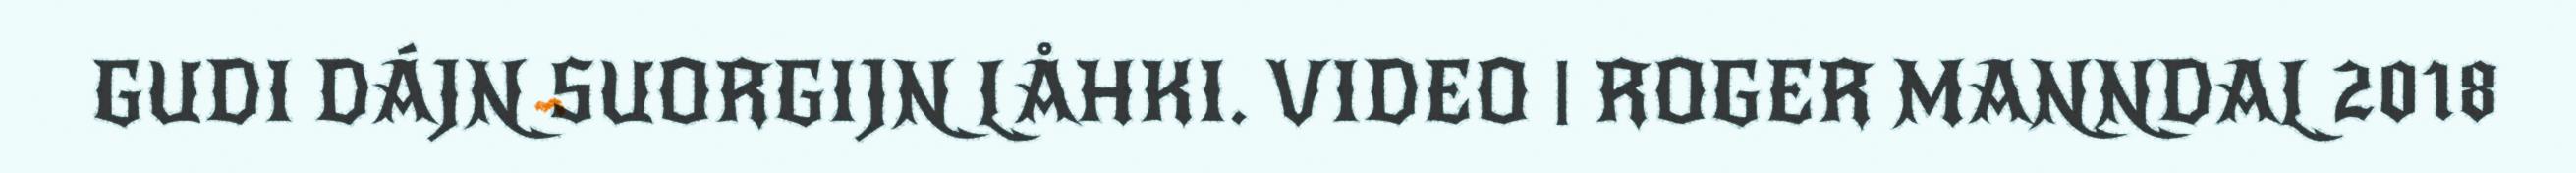
GUDI DÁJN SUORGIJN LÅHKI. VIDEO | ROGER MANNDAL 2018